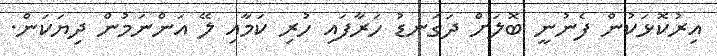
އިރުކޮޅަކުން ފެނުނީ ބޮލަށް ދަގަނޑު ހަރާފައި ހުރި ކަމާއި ލޭ އަންނަމުން ދިޔަކަން.